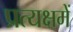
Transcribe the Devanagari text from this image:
प्रत्यक्षमें